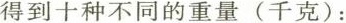
得到十种不同的重量(千克)：